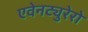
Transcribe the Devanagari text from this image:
एवेनट्युरेरो